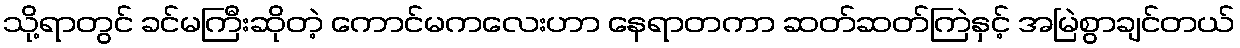
သို့ရာတွင် ခင်မကြီးဆိုတဲ့ ကောင်မကလေးဟာ နေရာတကာ ဆတ်ဆတ်ကြဲနှင့် အမြဲစွာချင်တယ်